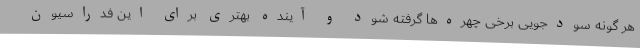
هر گونه سودجویی برخی چهره‌ها گرفته شود و آینده بهتری برای این فدراسیون